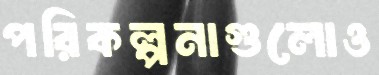
পরিকল্পনাগুলোও